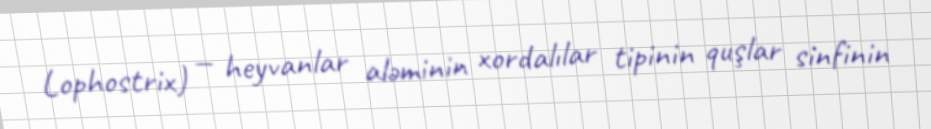
Lophostrix) — heyvanlar aləminin xordalılar tipinin quşlar sinfinin